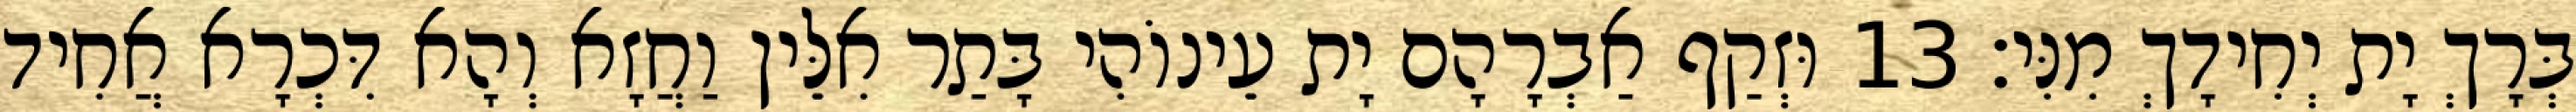
בְּרָךְ יָת יְחִידָךְ מִנִּי׃ 13 וּזְקַף אַבְרָהָם יָת עֵינוֹהִי בָּתַר אִלֵּין וַחֲזָא וְהָא דִּכְרָא אֲחִיד